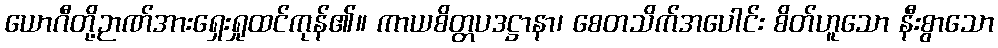
ယောဂီတို့ဉာဏ်အားရှေးရှုထင်ကုန်၏။ ကာယစိတ္တပဒဋ္ဌာနာ၊ စေတသိက်အပေါင်း စိတ်ဟူသော နီးစွာသော